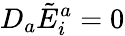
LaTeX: D_{a}{\tilde{E}}_{i}^{a}=0